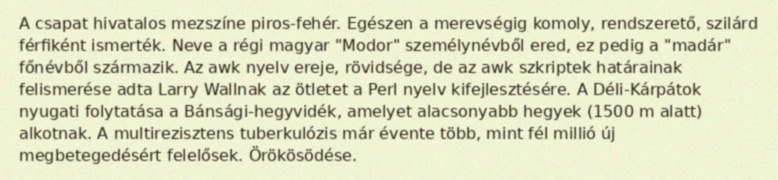
A csapat hivatalos mezszíne piros-fehér. Egészen a merevségig komoly, rendszerető, szilárd férfiként ismerték. Neve a régi magyar "Modor" személynévből ered, ez pedig a "madár" főnévből származik. Az awk nyelv ereje, rövidsége, de az awk szkriptek határainak felismerése adta Larry Wallnak az ötletet a Perl nyelv kifejlesztésére. A Déli-Kárpátok nyugati folytatása a Bánsági-hegyvidék, amelyet alacsonyabb hegyek (1500 m alatt) alkotnak. A multirezisztens tuberkulózis már évente több, mint fél millió új megbetegedésért felelősek. Örökösödése.